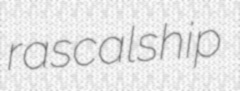
rascalship